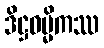
ဒိဋ္ဌဓမ္မိကဿ